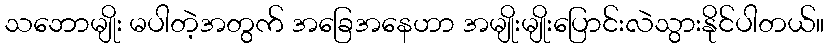
သဘောမျိုး မပါတဲ့အတွက် အခြေအနေဟာ အမျိုးမျိုးပြောင်းလဲသွားနိုင်ပါတယ်။